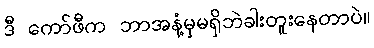
ဒီ ကော်ဖီက ဘာအနံ့မှမရှိဘဲခါးတူးနေတာပဲ။